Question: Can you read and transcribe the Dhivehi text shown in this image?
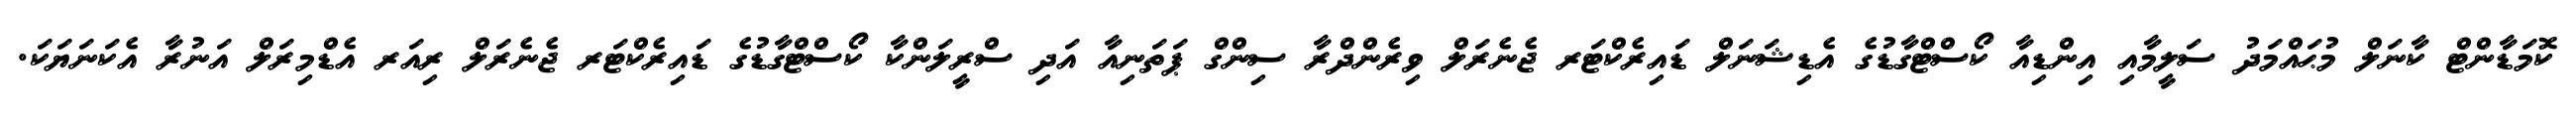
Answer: ކޮމަޑާންޓް ކާނަލް މުޙައްމަދު ސަލީމާއި އިންޑިއާ ކޯސްޓްގާޑުގެ އެޑިޝަނަލް ޑައިރެކްޓަރ ޖެނެރަލް ވިރެންދްރާ ސިންގް ޕަތަނިއާ އަދި ސްރީލަންކާ ކޯސްޓްގާޑުގެ ޑައިރެކްޓަރ ޖެނެރަލް ރިއަރ އެޑްމިރަލް އަނުރާ އެކަނަޔަކަ.